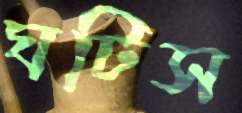
ঘটিস